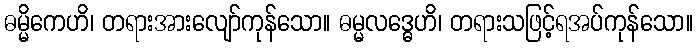
ဓမ္မိကေဟိ၊ တရားအားလျော်ကုန်သော။ ဓမ္မလဒ္ဓေဟိ၊ တရားသဖြင့်ရအပ်ကုန်သော။